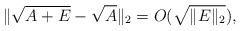
LaTeX: \begin{align*}\|\sqrt{A+E}-\sqrt{A}\|_2=O(\sqrt{\|E\|_2}),\end{align*}